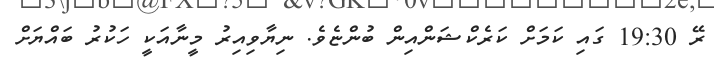
ރޭ 19:30 ގައި ކަމަށް ކަރެކްޝަންއިން ބުންޏެވެ. ނިޔާވިއިރު މީނާއަކީ ހަކުރު ބައްޔަށް